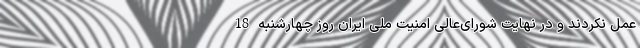
عمل نکردند و در نهایت شورای‌عالی امنیت ملی ایران روز چهارشنبه 18